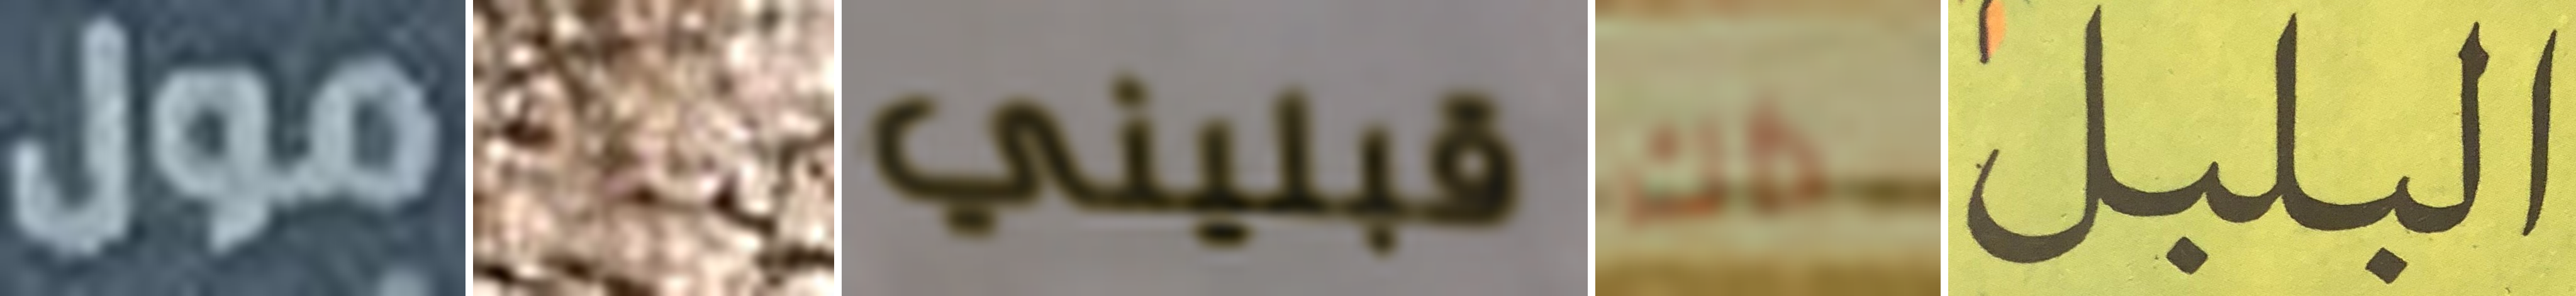
مول والحمد قبليني ذاك البلبل